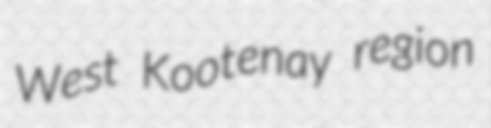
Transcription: West Kootenay region